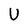
Character: U